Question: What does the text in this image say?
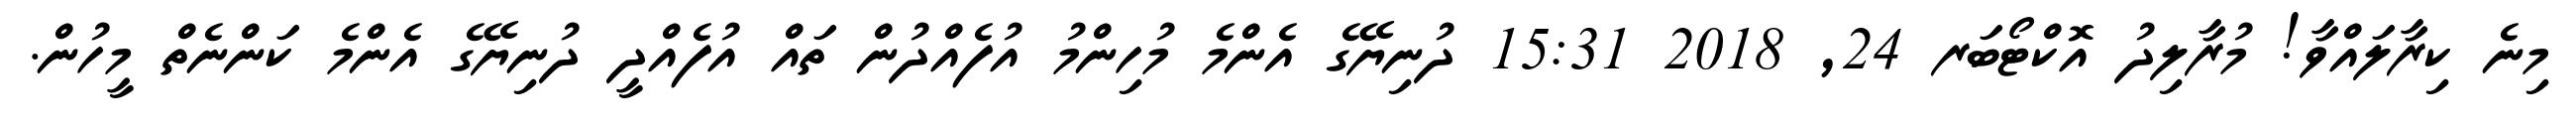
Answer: މިނެ ކިރާލައްވާ! މުރާލިދު އޮކްޓޯބަރ 24, 2018 15:31 ދުނިޔޭގެ އެންމެ މުހިންމު އުފެއްދުން ތައް އުފެއްދީ ދުނިޔޭގެ އެންމެ ކަންނެތް މީހުން.